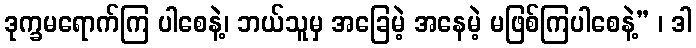
ဒုက္ခမရောက်ကြ ပါစေနဲ့၊ ဘယ်သူမှ အခြေမဲ့ အနေမဲ့ မဖြစ်ကြပါစေနဲ့” ၊ ဒါ